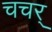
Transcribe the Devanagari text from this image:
चचर्